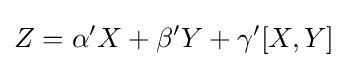
Z=\alpha 'X+\beta 'Y+\gamma '[X,Y]